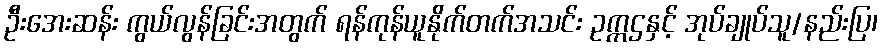
ဦးအေးဆန်း ကွယ်လွန်ခြင်းအတွက် ရန်ကုန်ယူနိုက်တက်အသင်း ဥက္ကဌနှင့် အုပ်ချုပ်သူ/နည်းပြ၊